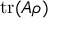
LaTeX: \operatorname { t r } ( A \rho )